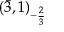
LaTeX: ( { \bar { 3 } } , 1 ) _ { - { \frac { 2 } { 3 } } }